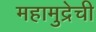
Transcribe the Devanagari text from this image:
महामुद्रेची